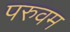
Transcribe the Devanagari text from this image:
परुवम